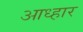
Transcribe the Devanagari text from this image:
आध्हार